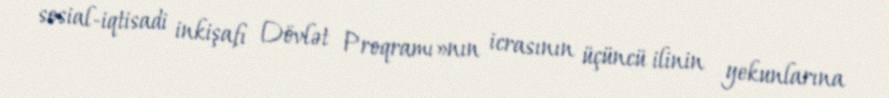
sosial-iqtisadi inkişafı Dövlət Proqramı»nın icrasının üçüncü ilinin yekunlarına